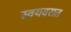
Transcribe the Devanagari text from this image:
स्वयवरात